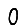
Digit: 0